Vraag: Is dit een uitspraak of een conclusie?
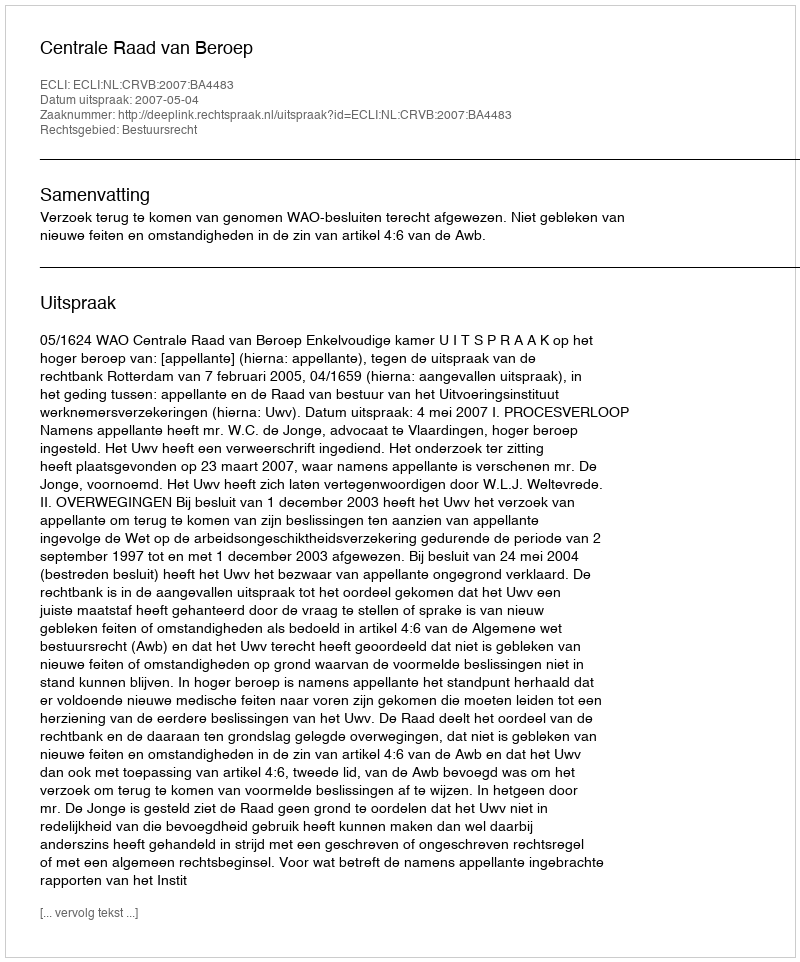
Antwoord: Uitspraak